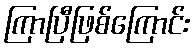
ကြာပြီဖြစ်ကြောင်း